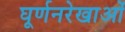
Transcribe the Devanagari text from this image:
घूर्णनरेखाओं